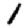
Digit: 1